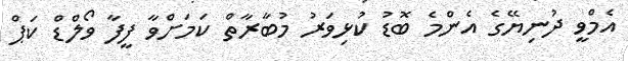
އެމްވީ ދުނިޔޭގެ އެންމެ ބޮޑު ކުޅިވަރު މުބާރާތް ކަމަށްވާ ފީފާ ވޯލްޑް ކަޕް